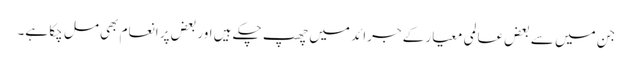
جن میں سے بعض عالمی معیار کے جرائد میں چھپ چکے ہیں اور بعض پر انعام بھی مل چکا ہے۔